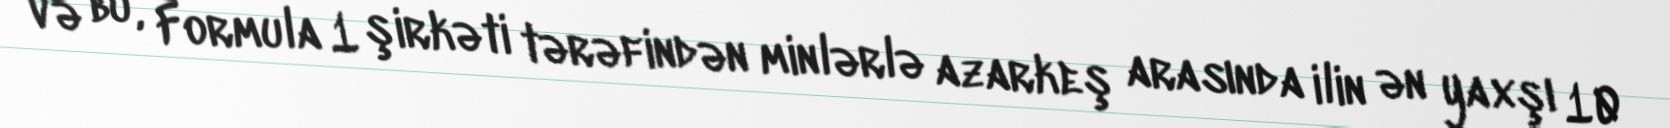
və bu, Formula 1 şirkəti tərəfindən minlərlə azarkeş arasında ilin ən yaxşı 10